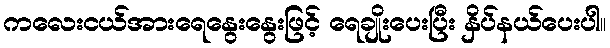
ကလေးငယ်အားရေနွေးနွေးဖြင့် ရေချိုးပေးပြီး နှိပ်နယ်ပေးပါ။